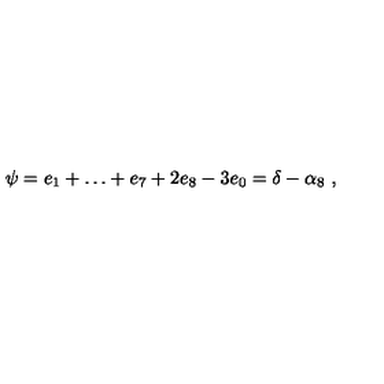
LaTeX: \psi = e _ { 1 } + \dots + e _ { 7 } + 2 e _ { 8 } - 3 e _ { 0 } = \delta - \alpha _ { 8 } \ ,